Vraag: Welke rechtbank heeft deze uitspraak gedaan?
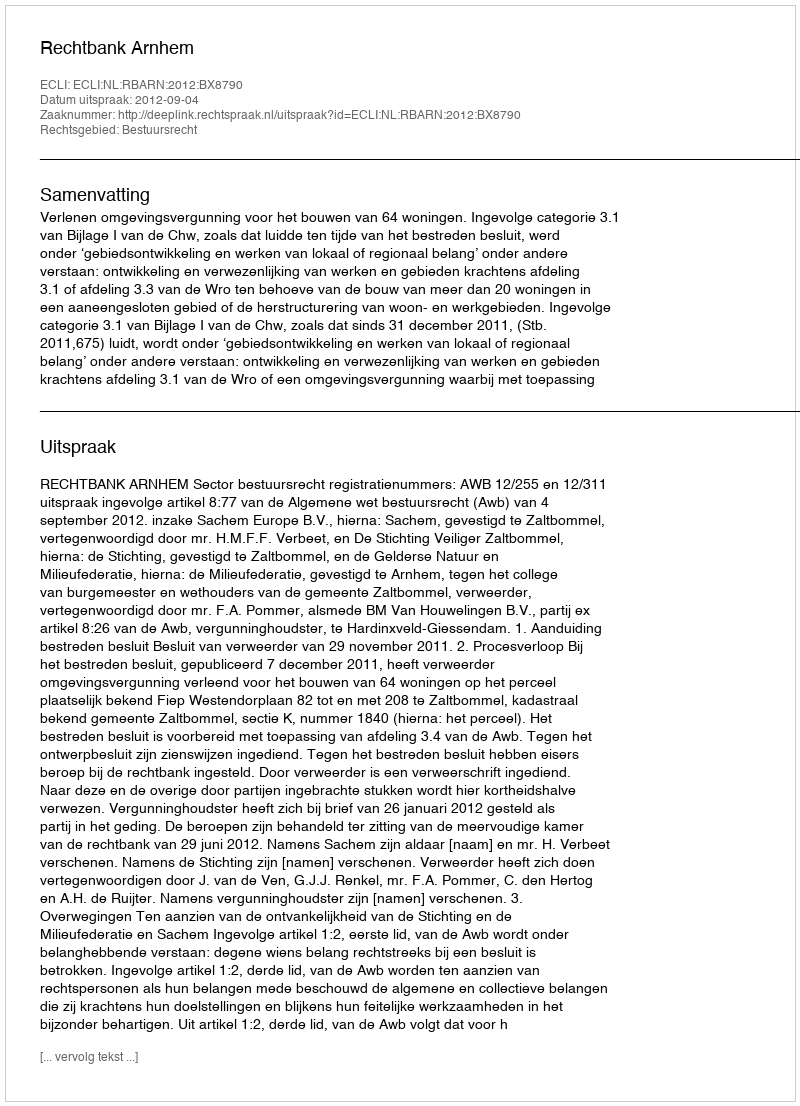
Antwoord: Rechtbank Arnhem